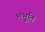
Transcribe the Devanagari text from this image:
भभूति